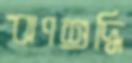
ঋণশুদ্ধি